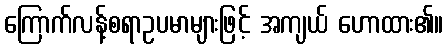
ကြောက်လန့်စရာဥပမာများဖြင့် အကျယ် ဟောထား၏။